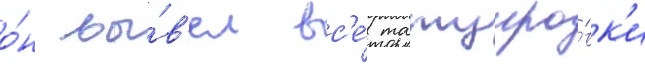
о́н вы́в'ел вс'е́ татуиро́вк'и